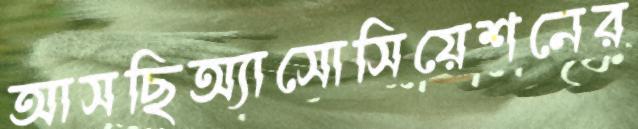
আসছিঅ্যাসোসিয়েশনের